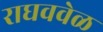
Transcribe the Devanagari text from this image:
राघववेळ